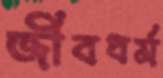
জীবধর্ম